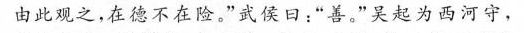
由此观之。在德不在险。"武侯曰:“盖”吴起为西河守，